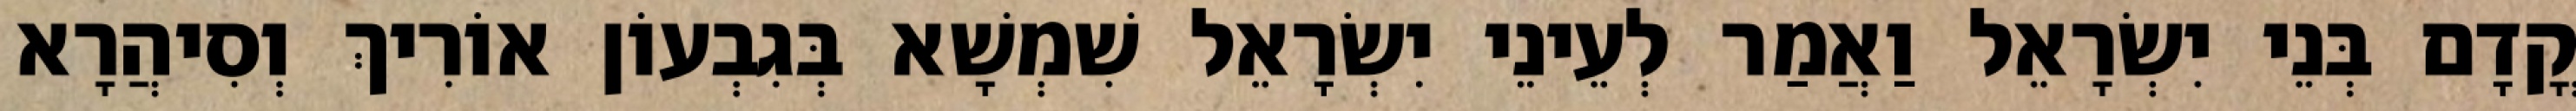
קֳדָם בְּנֵי יִשְׂרָאֵל וַאֲמַר לְעֵינֵי יִשְׂרָאֵל שִׁמְשָׁא בְּגִבְעוֹן אוֹרִיךְ וְסִיהֲרָא